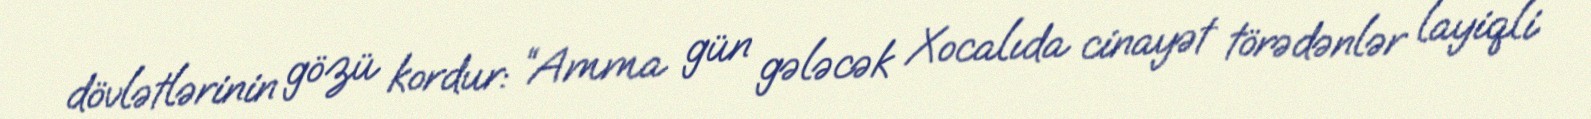
dövlətlərinin gözü kordur: “Amma gün gələcək Xocalıda cinayət törədənlər layiqli